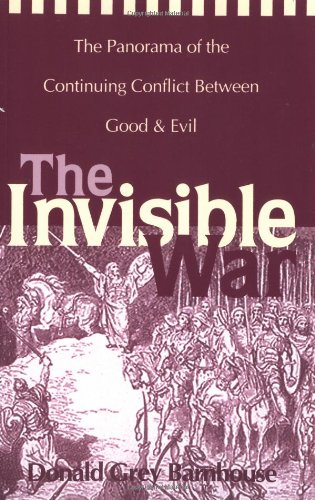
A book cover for The Invisible War; Donald Grey Barnhouse; Christian Books & Bibles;